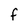
Character: F